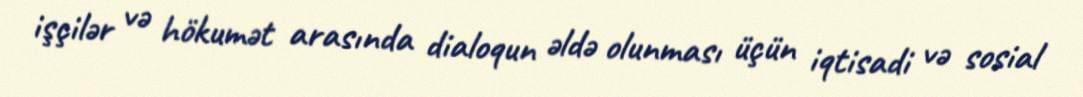
işçilər və hökumət arasında dialoqun əldə olunması üçün iqtisadi və sosial